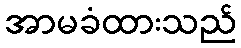
အာမခံထားသည်